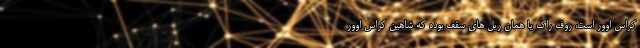
کراس اوور است، روف راک یا همان ریل های سقف بوده که شاهین کراس اوور